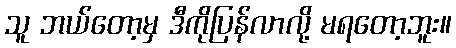
သူ ဘယ်တော့မှ ဒီကိုပြန်လာလို့ မရတော့ဘူး။